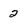
Character: 2